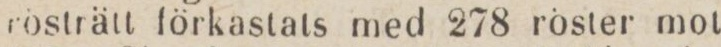
rösträtt förkastats med 278 röster mot